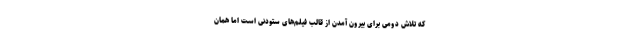
که تلاش دومی برای بیرون آمدن از قالب فیلم‌های ستودنی است اما همان